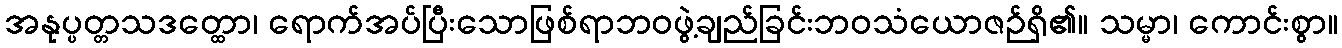
အနုပ္ပတ္တသဒတ္ထော၊ ရောက်အပ်ပြီးသောဖြစ်ရာဘဝဖွဲ့ချည်ခြင်းဘဝသံယောဇဉ်ရှိ၏။ သမ္မာ၊ ကောင်းစွာ။